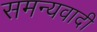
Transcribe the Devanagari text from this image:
समन्यवादी